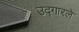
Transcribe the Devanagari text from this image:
उद्‍गारले